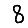
Digit: 8